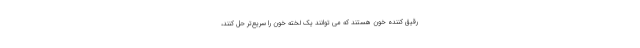
رقیق کننده خون هستند که می توانند یک لخته خون را سریع‌تر حل کنند،